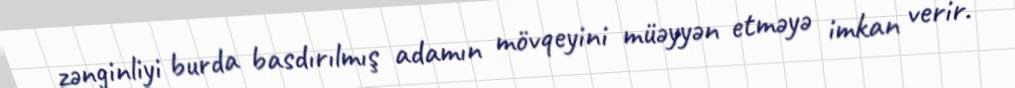
zənginliyi burda basdırılmış adamın mövqeyini müəyyən etməyə imkan verir.